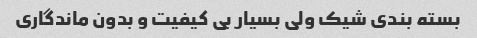
بسته بندی شیک ولی بسیار بی کیفیت و بدون ماندگاری